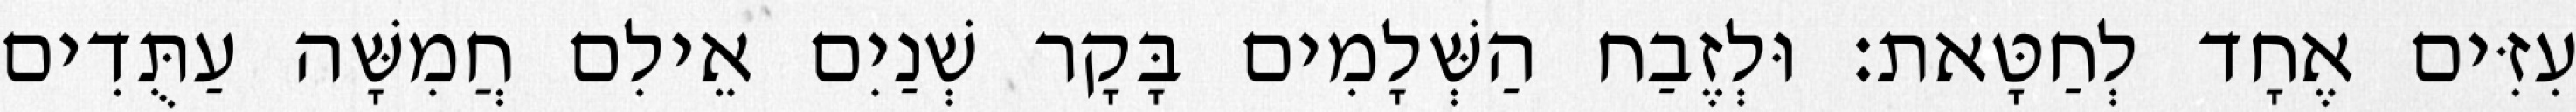
עִזִּים אֶחָד לְחַטָּאת׃ וּלְזֶבַח הַשְּׁלָמִים בָּקָר שְׁנַיִם אֵילִם חֲמִשָּׁה עַתֻּדִים